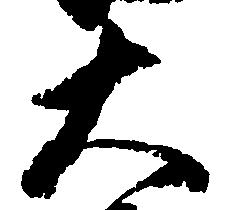
大